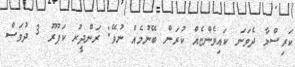
ކަރިސްމާ ދެވަނަ ކައިވެންޏެއް ކުރަން ބޭނުމެއް ނުވޭ: ރަންދީރު ކަޕޫރު 3 ދުވަސް